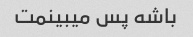
باشه پس میبینمت